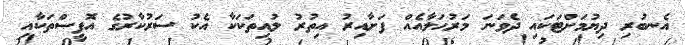
އެނބުރި ދިޔުމަށްޓަކައި ދެވަނަ މަރުޙަލާއެއް ފަށާއިރު އިތުރު ލުއިތަކަކާ އެކު ސަރުކާރުގެ އޮފީސްތަކާއި